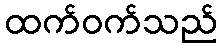
ထက်ဝက်သည်